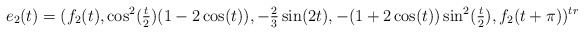
\begin{align*}e_2(t) = (f_2(t),\cos^2(\tfrac{t}{2})(1-2\cos(t)),-\tfrac{2}{3}\sin(2t), -(1+ 2\cos(t))\sin^2(\tfrac{t}{2}),f_2(t+\pi))^{tr}\end{align*}